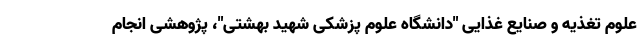
علوم تغذیه و صنایع غذایی "دانشگاه علوم پزشکی شهید بهشتی"، پژوهشی انجام